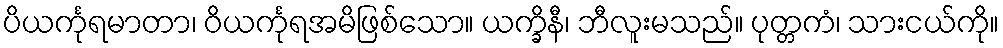
ပိယင်္ကုရမာတာ၊ ဝိယင်္ကုရအမိဖြစ်သော။ ယက္ခိနီ၊ ဘီလူးမသည်။ ပုတ္တကံ၊ သားငယ်ကို။